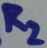
Text: R2